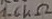
Text: 1.6KΩ